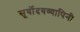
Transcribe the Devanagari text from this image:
सूर्योदयव्यापिनी